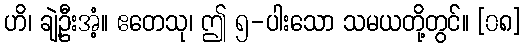
ဟိ၊ ချဲ့ဦးအံ့။ ဧတေသု၊ ဤ ၅-ပါးသော သမယတို့တွင်။ [၀၈]